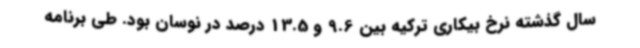
سال گذشته نرخ بیکاری ترکیه بین 9.6 و 13.5 درصد در نوسان بود. طی برنامه